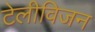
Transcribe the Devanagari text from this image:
टेलीविजन